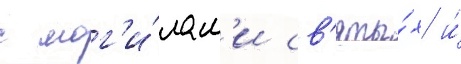
с мог'и́лам'и св'яты́х и́